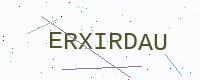
Text: ERXIRDAU